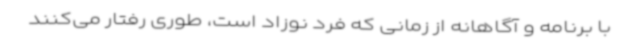
با برنامه و آگاهانه از زمانی که فرد نوزاد است، طوری رفتار می‌کنند